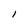
Character: l